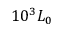
1 0 ^ { 3 } L _ { 0 }